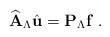
LaTeX: \begin{align*}\widehat{\mathbf{A}}_\Lambda \hat{\mathbf{u}}= \mathbf{P}_\Lambda \mathbf{f}\ .\end{align*}